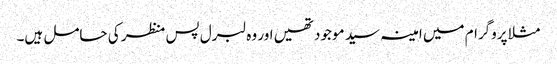
مثلا پروگرام میں امینہ سید موجود تھیں اور وہ لبرل پس منظر کی حامل ہیں۔